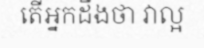
តើអ្នកដឹងថា វាល្អ